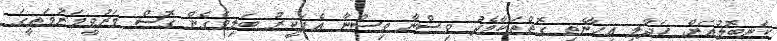
ކަނބޮލުއަށް ހަދާލި އިހާނެތި ގޮތްތަކާމެދު ވިސްނާ ވިސްނާ އެފަކީރު ބަލިވެގެން ގޮސް މަރުވީމަރުމަތީގަ